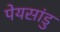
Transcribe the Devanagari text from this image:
पेयसांडु